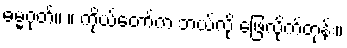
ဓမ္မဂုတ်။ ။ ကိုယ်တော်က ဘယ်လို ဖြေလိုက်တုန်း။